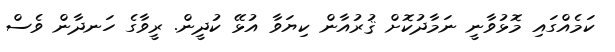
ކަމެއްގައި މޮޅުވާނީ ނަމާދުކޮށް ޤުރުއާން ކިޔަވާ އުޅޭ ކުދީން. ރީވާގެ ހަނދާން ވެސް